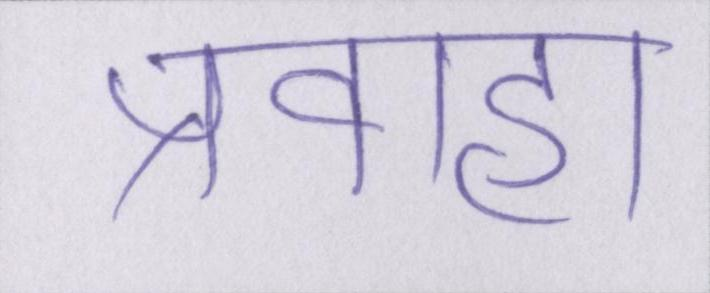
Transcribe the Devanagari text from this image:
प्रवाहों